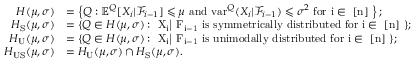
\begin{array} { r l } { H ( \mu , \sigma ) } & { = \left\{ Q : \mathbb { E } ^ { Q } [ X _ { i } | \mathcal F _ { i - 1 } ] \leqslant \mu \mathrm { ~ a n d ~ } \mathrm { v a r } ^ { Q } ( X _ { i } | \mathcal F _ { i - 1 } ) \leqslant \sigma ^ { 2 } \mathrm { ~ f o r ~ i \in ~ [ n ] ~ } \right\} ; } \\ { H _ { \mathrm { S } } ( \mu , \sigma ) } & { = \{ Q \in H ( \mu , \sigma ) : \mathrm { ~ X _ i | \mathcal ~ F _ { i - 1 } ~ i s ~ s y m m e t r i c a l l y ~ d i s t r i b u t e d ~ f o r ~ i \in ~ [ n ] ~ } \} ; } \\ { H _ { \mathrm { U } } ( \mu , \sigma ) } & { = \{ Q \in H ( \mu , \sigma ) : \mathrm { ~ X _ i | \mathcal ~ F _ { i - 1 } ~ i s ~ u n i m o d a l l y ~ d i s t r i b u t e d ~ f o r ~ i \in ~ [ n ] ~ } \} ; } \\ { H _ { \mathrm { U S } } ( \mu , \sigma ) } & { = H _ { \mathrm { U } } ( \mu , \sigma ) \cap H _ { \mathrm { S } } ( \mu , \sigma ) . } \end{array}